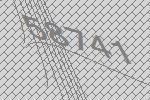
58741